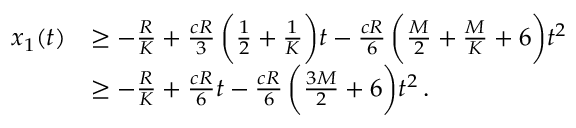
\begin{array} { r l } { x _ { 1 } ( t ) } & { \geq - \frac { R } { K } + \frac { c R } { 3 } \, \bigg ( \frac { 1 } { 2 } + \frac { 1 } { K } \bigg ) t - \frac { c R } { 6 } \, \bigg ( \frac { M } { 2 } + \frac { M } { K } + 6 \bigg ) t ^ { 2 } \, } \\ & { \geq - \frac { R } { K } + \frac { c R } { 6 } t - \frac { c R } { 6 } \, \bigg ( \frac { 3 M } { 2 } + 6 \bigg ) t ^ { 2 } \, . } \end{array}